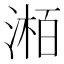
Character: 𪶯